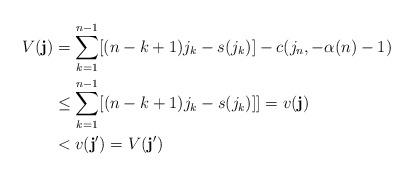
LaTeX: \begin{align*} V(\mathbf{j}) &= \sum_{k=1}^{n-1} [(n-k+1)j_k - s(j_k)] - c(j_n,-\alpha(n)-1) \\ &\leq \sum_{k=1}^{n-1} [(n-k+1)j_k - s(j_k)]] = v(\mathbf{j}) \\ &< v(\mathbf{j}') = V(\mathbf{j}')\end{align*}